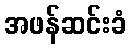
အဖန်ဆင်းခံ